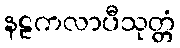
နဠကလာပီသုတ္တံ